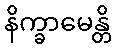
နိက္ခာမေန္တိ